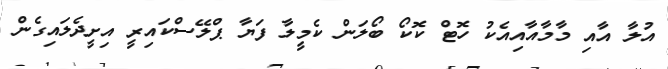
އުލާ އާއި މާމާއާއިއެކު ހޮޓް ކޮކޯ ބޯލަން ކެމީލާ ފަޔާ ޕްލޭސްކައިރީ އިށީދެލައިގެން